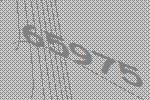
65975